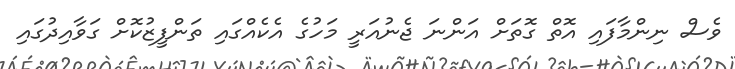
ވެސް ނިންމާފައި އޮތް ގޮތަށް އަންނަ ޖެނުއަރީ މަހުގެ އެކެއްގައި ތަންފީޒުކޮށް ގަވާއިދުގައި